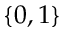
\{ 0 , 1 \}